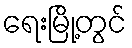
ရေးမြို့တွင်